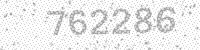
Solution: 762286